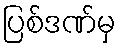
ပြစ်ဒဏ်မှ